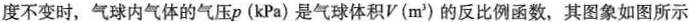
度不变时，气球内气体的气压p(kPa)是气球体积V(m^{3 })的反比例函数，其图象如图所示